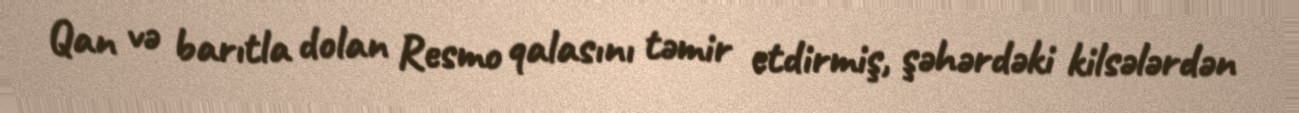
Qan və barıtla dolan Resmo qalasını təmir etdirmiş, şəhərdəki kilsələrdən